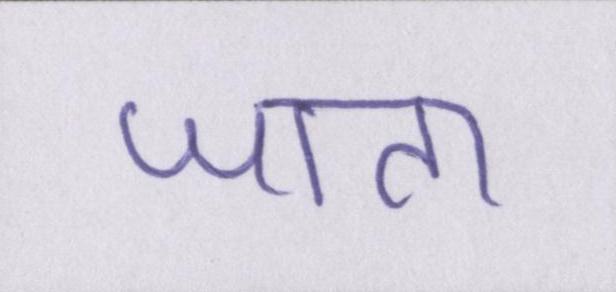
जाता